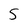
Character: 5